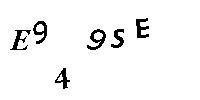
E949SE